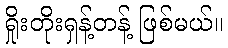
ရှိုးတိုးရှန့်တန့် ဖြစ်မယ်။